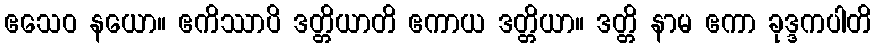
ဧသေဝ နယော။ ဧကိဿာပိ ဒတ္တိယာတိ ဧကာယ ဒတ္တိယာ။ ဒတ္တိ နာမ ဧကာ ခုဒ္ဒကပါတိ